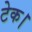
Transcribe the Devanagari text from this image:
टेक।